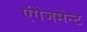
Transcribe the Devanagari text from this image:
एंगेजमेन्ट